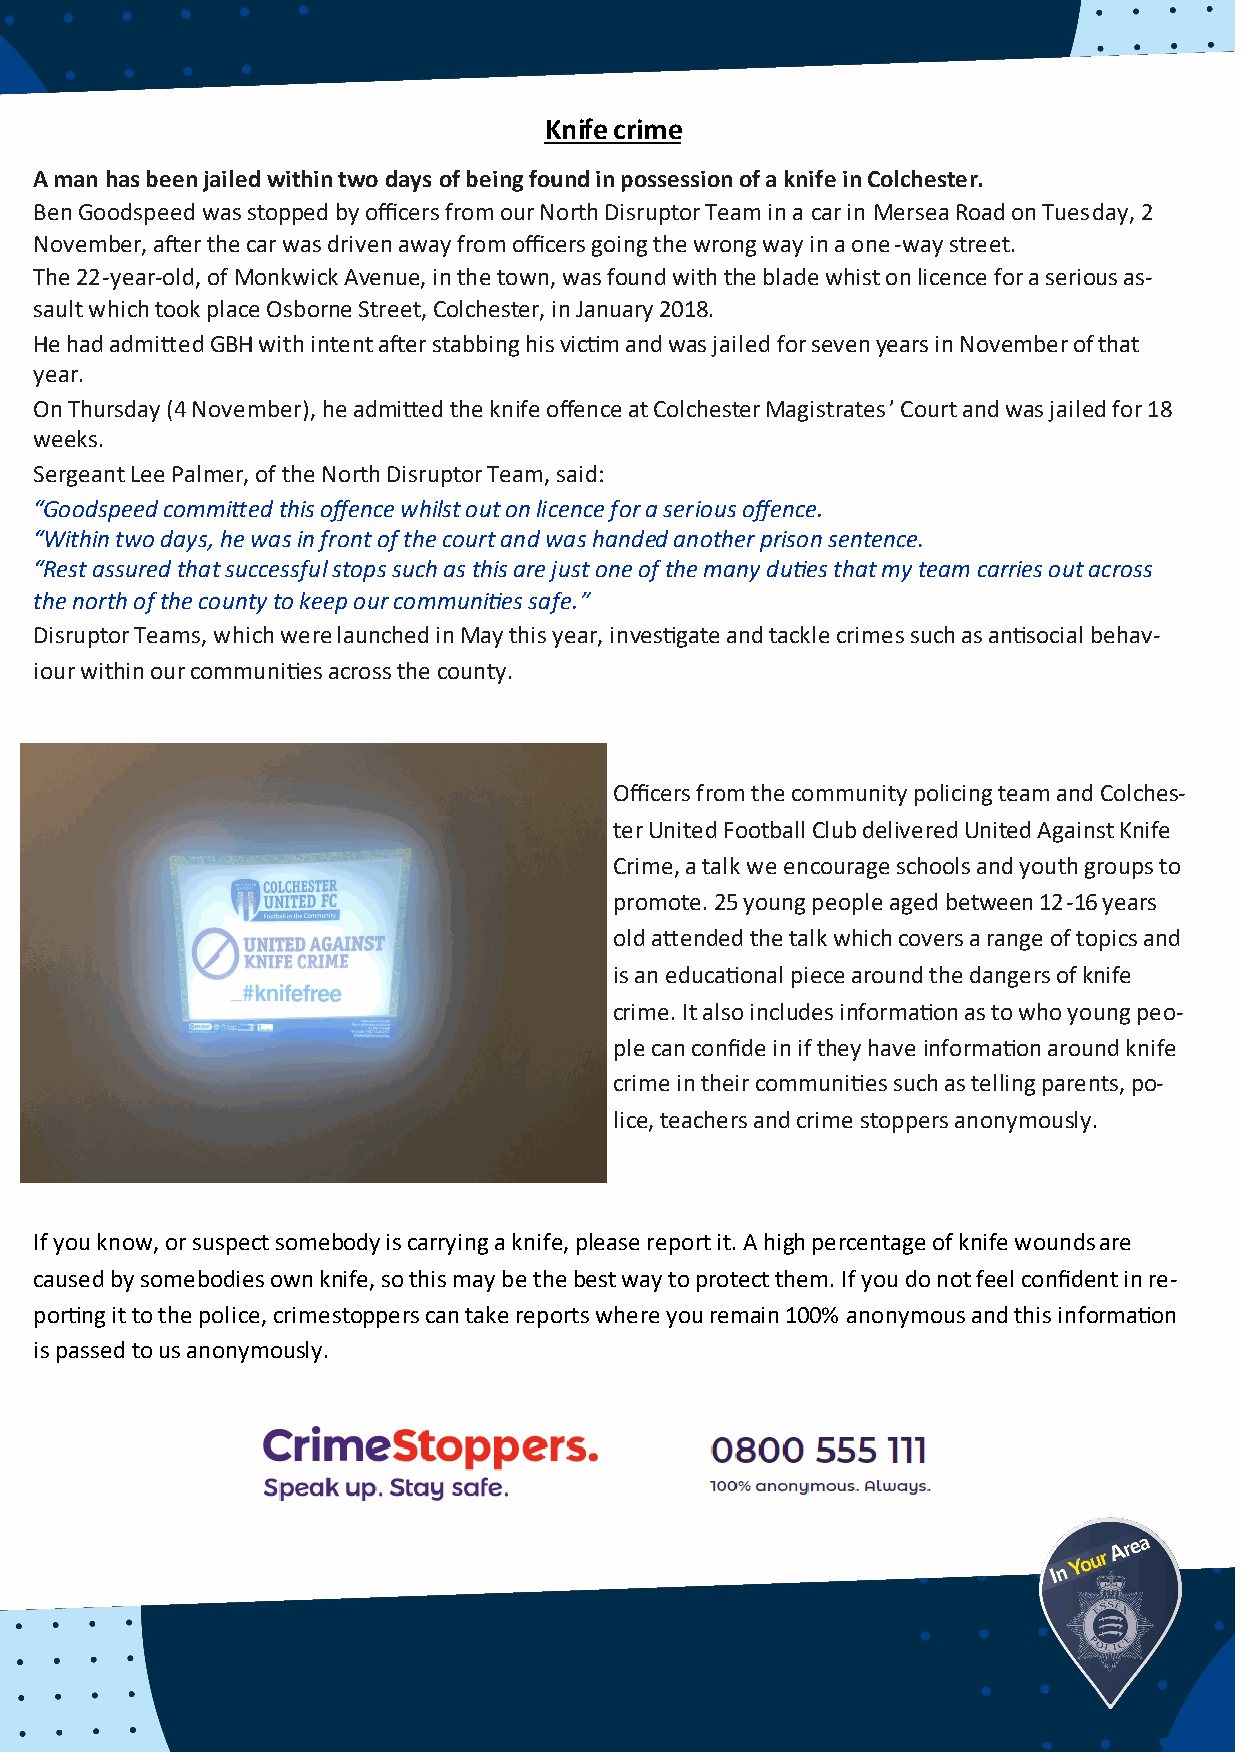
Knife crime
 A man has been jailed within two days of being found in possession of a knife in Colchester.
 Ben Goodspeed was stopped by officers from our North Disruptor Team in a car in Mersea Road on Tuesday, 2
 November, after the car was driven away from officers going the wrong way in a one-way street.
 The 22-year-old, of Monkwick Avenue, in the town, was found with the blade whist on licence for a serious as-
 sault which took place Osborne Street, Colchester, in January 2018.
 He had admitted GBH with intent after stabbing his victim and was jailed for seven years in November of that
 year.
 On Thursday (4 November), he admitted the knife offence at Colchester Magistrates’ Court and was jailed for 18
 weeks.
 Sergeant Lee Palmer, of the North Disruptor Team, said:
 “Goodspeed committed this offence whilst out on licence for a serious offence.
 “Within two days, he was in front of the court and was handed another prison sentence.
 “Rest assured that successful stops such as this are just one of the many duties that my team carries out across
 the north of the county to keep our communities safe.”
 Disruptor Teams, which were launched in May this year, investigate and tackle crimes such as antisocial behav-
 iour within our communities across the county.
 Officers from the community policing team and Colches-
 ter United Football Club delivered United Against Knife
 Crime, a talk we encourage schools and youth groups to
 promote. 25 young people aged between 12-16 years
 old attended the talk which covers a range of topics and
 is an educational piece around the dangers of knife
 crime. It also includes information as to who young peo-
 ple can confide in if they have information around knife
 crime in their communities such as telling parents, po-
 lice, teachers and crime stoppers anonymously.
 If you know, or suspect somebody is carrying a knife, please report it. A high percentage of knife wounds are
 caused by somebodies own knife, so this may be the best way to protect them. If you do not feel confident in re-
 porting it to the police, crimestoppers can take reports where you remain 100% anonymous and this information
 is passed to us anonymously.